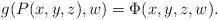
LaTeX: \begin{align*} g(P(x,y,z), w) = \Phi (x,y,z,w).\end{align*}